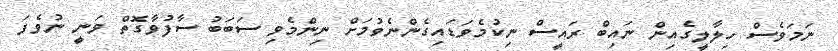
ނަމަވެސް ހިލާލީގެއިން ނައިބް ރައީސް ނިކުމެވަޑައިގެންނެވުމަށް ނިންމެވި ސަބަބު ސާފުވާގޮތް ވަނީ ނުވެފަ